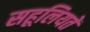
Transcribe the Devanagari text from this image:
सहूलियतें